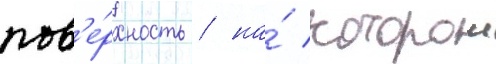
пов'е́рхность / на́ которои